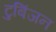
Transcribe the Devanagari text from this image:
टुबिंजन